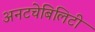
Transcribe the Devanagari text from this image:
अनटचेबिलिटी